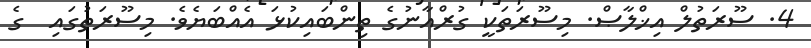
4. ސޫރަތުލް އިޚްލާޞް. މިސޫރަތަކީ ގުރްއާނުގެ ތިންބައިކުޅަ އެއްބަޔެވެ. މިސޫރަތުގައި  ގެ